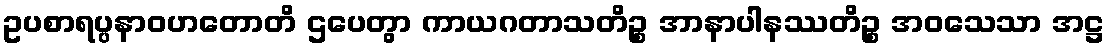
ဥပစာရပ္ပနာဝဟတောတိ ဌပေတွာ ကာယဂတာသတိဉ္စ အာနာပါနဿတိဉ္စ အဝသေသာ အဋ္ဌ